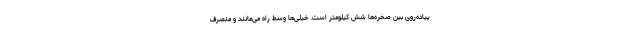
پیاده‌روی بین صخره‌ها شش کیلومتر است. خیلی‌ها وسط راه می‌مانند و منصرف